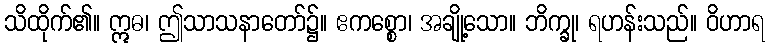
သိထိုက်၏။ ဣဓ၊ ဤသာသနာတော်၌။ ဧကစ္စော၊ အချို့သော။ ဘိက္ခု၊ ရဟန်းသည်။ ဝိဟာရ